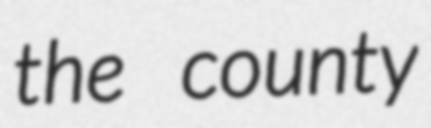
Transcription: the county